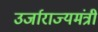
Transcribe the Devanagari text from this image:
उर्जाराज्यमंत्री